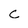
Character: c